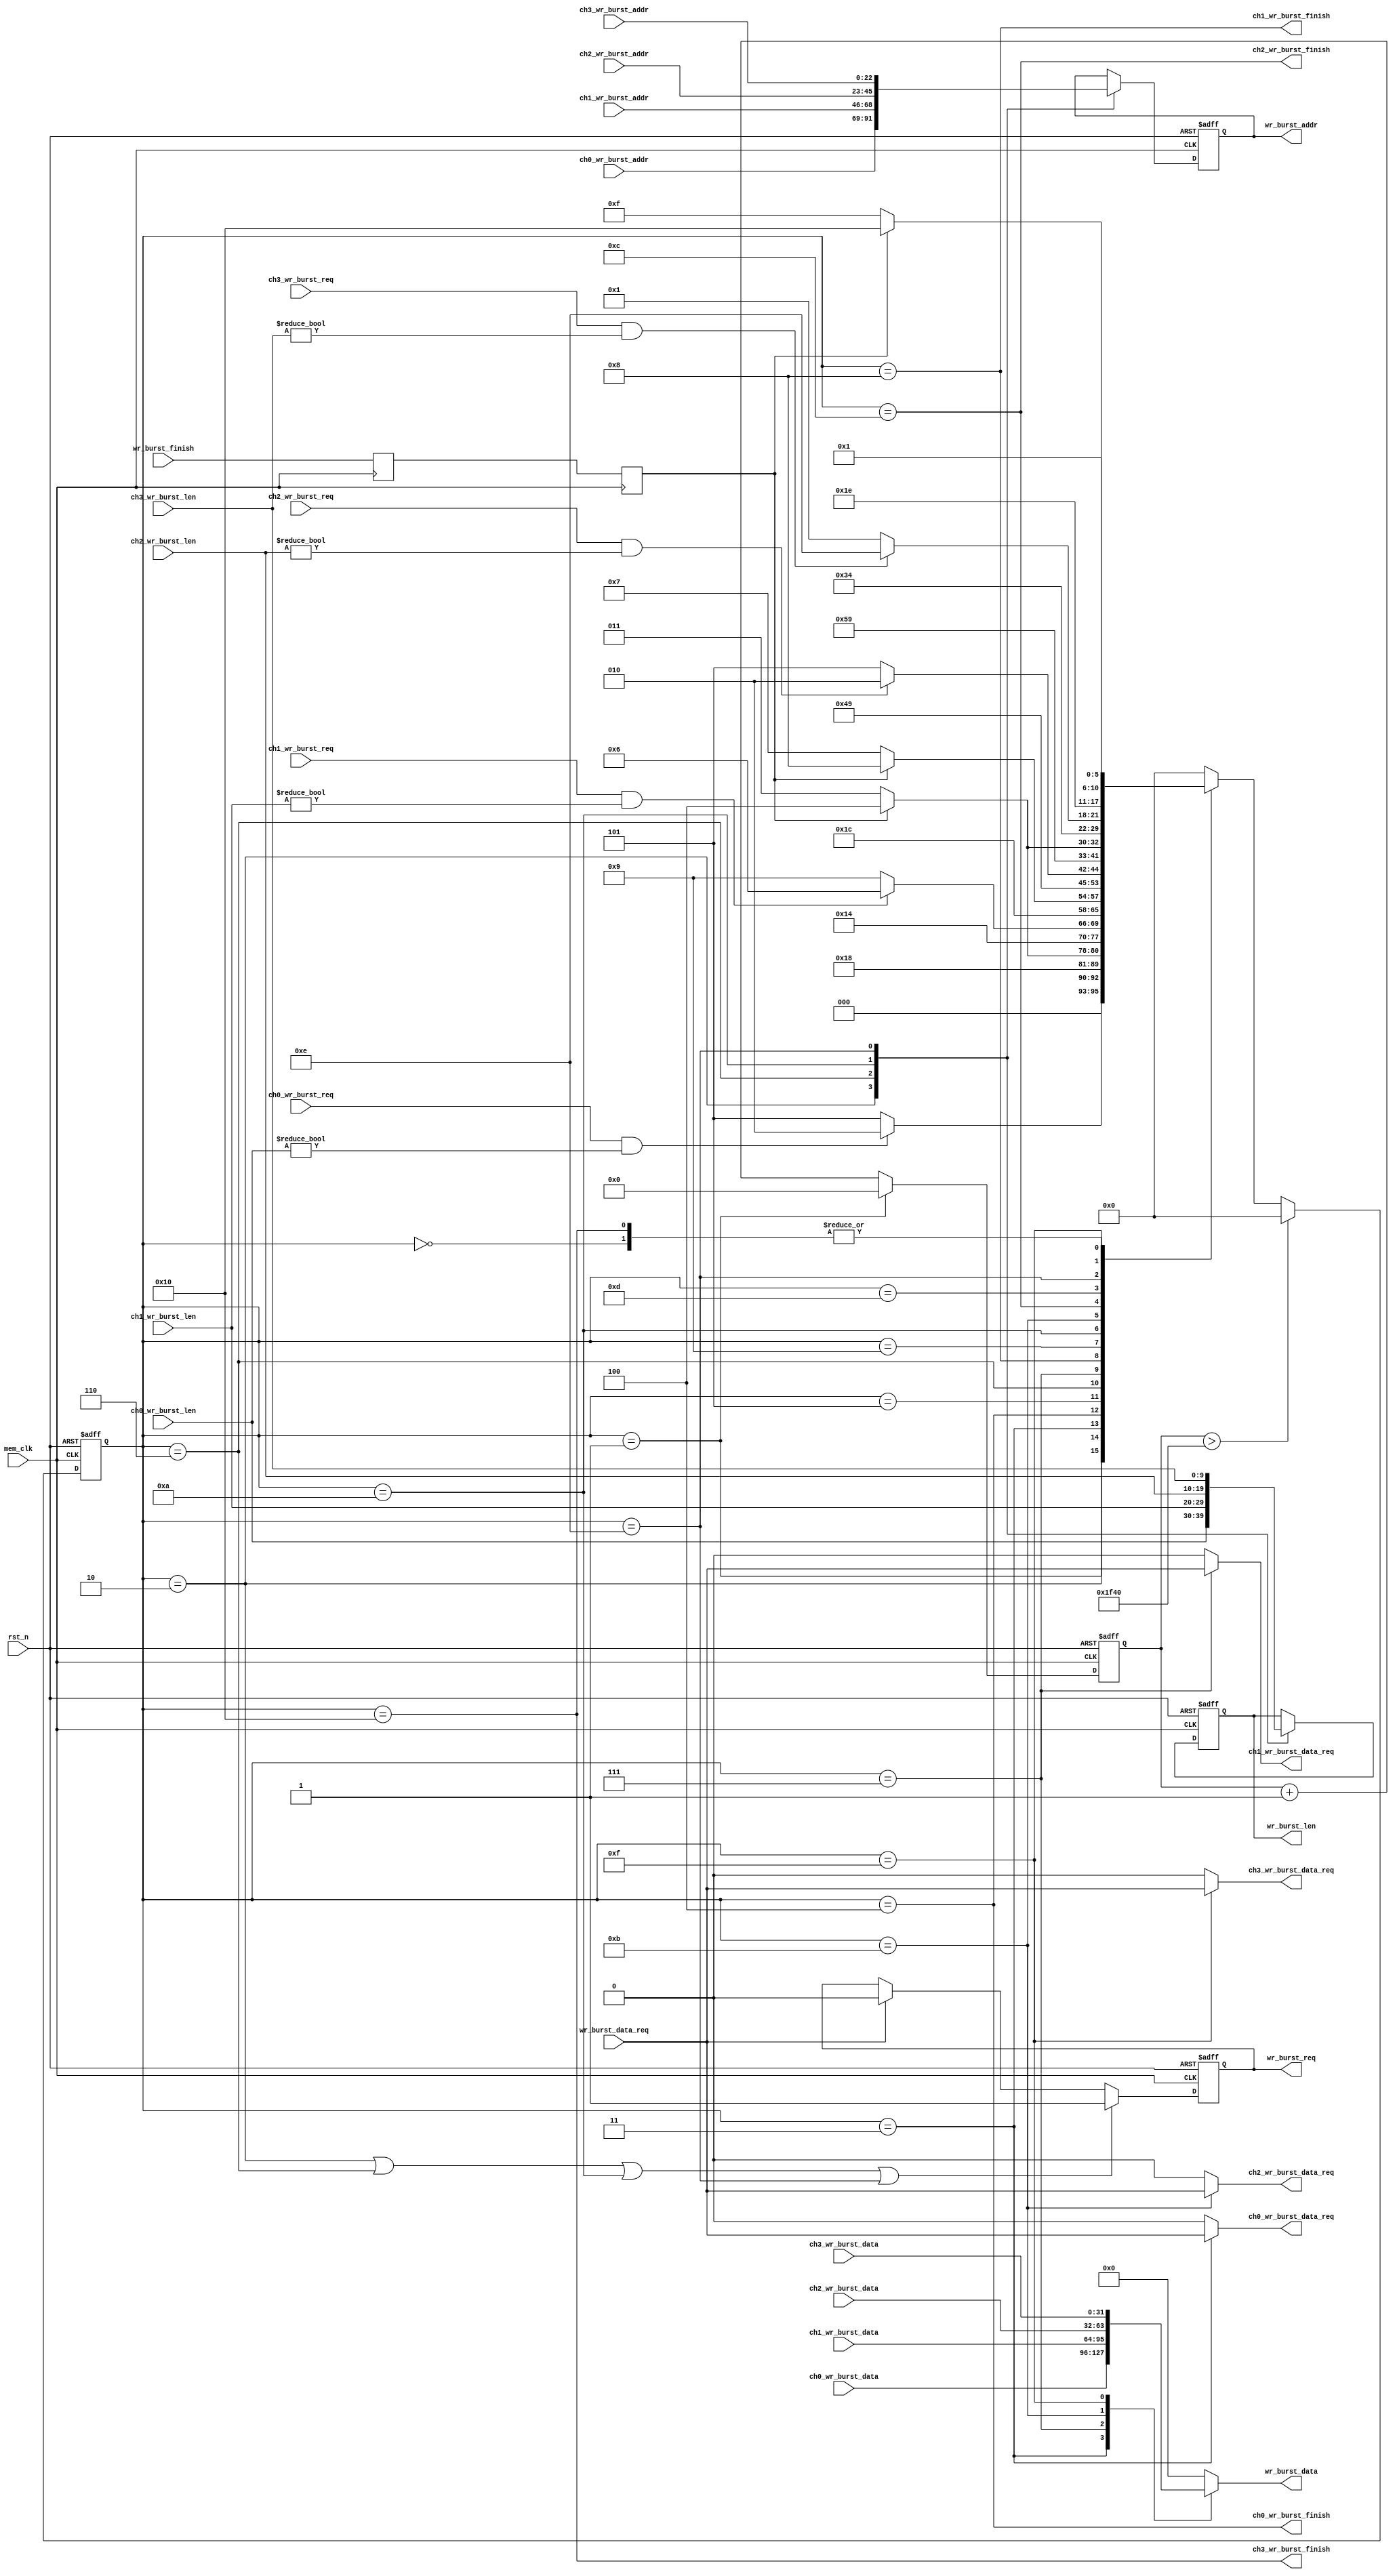
//////////////////////////////////////////////////////////////////////////////////
//                                                                              //
//                                                                              //
//          msq@qq.com                                                          //
//          ALINX(shanghai) Technology Co.,Ltd                                  //
//          heijin                                                              //
//     WEB: http://www.alinx.cn/                                                //
//     BBS: http://www.heijin.org/                                              //
//                                                                              //
//////////////////////////////////////////////////////////////////////////////////
//                                                                              //
// Copyright (c) 2017,ALINX(shanghai) Technology Co.,Ltd                        //
//                    All rights reserved                                       //
//                                                                              //
// This source file may be used and distributed without restriction provided    //
// that this copyright statement is not removed from the file and that any      //
// derivative work contains the original copyright notice and the associated    //
// disclaimer.                                                                  //
//                                                                              //
//////////////////////////////////////////////////////////////////////////////////

//================================================================================
//  Revision History:
//  Date          By            Revision    Change Description
//--------------------------------------------------------------------------------
//  2017/9/14     meisq          1.0         Original
//*******************************************************************************/
module mem_write_arbi
#(
	parameter MEM_DATA_BITS = 32,
	parameter ADDR_BITS              = 23,
    parameter BUSRT_BITS             = 10
)
(
	input rst_n,
	input mem_clk,
	
	input ch0_wr_burst_req,
	input[BUSRT_BITS - 1:0] ch0_wr_burst_len,
	input[ADDR_BITS - 1:0] ch0_wr_burst_addr,
	output ch0_wr_burst_data_req,
	input[MEM_DATA_BITS - 1:0] ch0_wr_burst_data,
	output ch0_wr_burst_finish,
	
	input ch1_wr_burst_req,
	input[BUSRT_BITS - 1:0] ch1_wr_burst_len,
	input[ADDR_BITS - 1:0] ch1_wr_burst_addr,
	output ch1_wr_burst_data_req,
	input[MEM_DATA_BITS - 1:0] ch1_wr_burst_data,
	output ch1_wr_burst_finish,
	
	input ch2_wr_burst_req,
	input[BUSRT_BITS - 1:0] ch2_wr_burst_len,
	input[ADDR_BITS - 1:0] ch2_wr_burst_addr,
	output ch2_wr_burst_data_req,
	input[MEM_DATA_BITS - 1:0] ch2_wr_burst_data,
	output ch2_wr_burst_finish,
	
	input ch3_wr_burst_req,
	input[BUSRT_BITS - 1:0] ch3_wr_burst_len,
	input[ADDR_BITS - 1:0] ch3_wr_burst_addr,
	output ch3_wr_burst_data_req,
	input[MEM_DATA_BITS - 1:0] ch3_wr_burst_data,
	output ch3_wr_burst_finish,
	
	output reg wr_burst_req,
	output reg[BUSRT_BITS - 1:0] wr_burst_len,
	output reg[ADDR_BITS - 1:0] wr_burst_addr,
	input wr_burst_data_req,
	output reg[MEM_DATA_BITS - 1:0] wr_burst_data,
	input wr_burst_finish	
);

reg[5:0] write_state = 6'd0;
reg[5:0] write_state_next = 6'd0;
reg[15:0] cnt_timer = 16'd0;
localparam IDLE = 6'd0;

localparam CH0_CHECK = 6'd1;
localparam CH0_BEGIN = 6'd2;
localparam CH0_WRITE = 6'd3;
localparam CH0_END = 6'd4;

localparam CH1_CHECK = 6'd5;
localparam CH1_BEGIN = 6'd6;
localparam CH1_WRITE = 6'd7;
localparam CH1_END = 6'd8;

localparam CH2_CHECK = 6'd9;
localparam CH2_BEGIN = 6'd10;
localparam CH2_WRITE = 6'd11;
localparam CH2_END = 6'd12;

localparam CH3_CHECK = 6'd13;
localparam CH3_BEGIN = 6'd14;
localparam CH3_WRITE = 6'd15;
localparam CH3_END = 6'd16;

reg wr_burst_finish_d0;
reg wr_burst_finish_d1;
always@(posedge mem_clk)
begin
	wr_burst_finish_d0 <= wr_burst_finish;
	wr_burst_finish_d1 <= wr_burst_finish_d0;
end

always@(posedge mem_clk or negedge rst_n)
begin
	if(~rst_n)
		write_state <= IDLE;
	else if(cnt_timer > 16'd8000)
		write_state <= IDLE;
	else
		write_state <= write_state_next;
end

always@(posedge mem_clk or negedge rst_n)
begin
	if(~rst_n)
		cnt_timer <= 16'd0;
	else if(write_state == CH0_CHECK)
		cnt_timer <= 16'd0;
	else
		cnt_timer <= cnt_timer + 16'd1;
end

always@(*)
begin
	case(write_state)
		IDLE:
			write_state_next <= CH0_CHECK;
		//
		CH0_CHECK:
			if(ch0_wr_burst_req  && ch0_wr_burst_len != {BUSRT_BITS{1'd0}})
				write_state_next <= CH0_BEGIN;
			else
				write_state_next <= CH1_CHECK;
		CH0_BEGIN:
			write_state_next <= CH0_WRITE;
		CH0_WRITE:
			if(wr_burst_finish_d1)
				write_state_next <= CH0_END;
			else
				write_state_next <= CH0_WRITE;
		CH0_END:
			write_state_next <= CH1_CHECK;
		//	
		CH1_CHECK:
			if(ch1_wr_burst_req && ch1_wr_burst_len != {BUSRT_BITS{1'd0}})
				write_state_next <= CH1_BEGIN;
			else
				write_state_next <= CH2_CHECK;
		CH1_BEGIN:
			write_state_next <= CH1_WRITE;
		CH1_WRITE:
			if(wr_burst_finish_d1)
				write_state_next <= CH1_END;
			else
				write_state_next <= CH1_WRITE;
		CH1_END:
			write_state_next <= CH2_CHECK;
		//	
		CH2_CHECK:
			if(ch2_wr_burst_req && ch2_wr_burst_len != {BUSRT_BITS{1'd0}})
				write_state_next <= CH2_BEGIN;
			else
				write_state_next <= CH3_CHECK;
		CH2_BEGIN:
			write_state_next <= CH2_WRITE;
		CH2_WRITE:
			if(wr_burst_finish_d1)
				write_state_next <= CH2_END;
			else
				write_state_next <= CH2_WRITE;
		CH2_END:
			write_state_next <= CH3_CHECK;
		//	
		CH3_CHECK:
			if(ch3_wr_burst_req && ch3_wr_burst_len != {BUSRT_BITS{1'd0}})
				write_state_next <= CH3_BEGIN;
			else
				write_state_next <= CH0_CHECK;
		CH3_BEGIN:
			write_state_next <= CH3_WRITE;
		CH3_WRITE:
			if(wr_burst_finish_d1)
				write_state_next <= CH3_END;
			else
				write_state_next <= CH3_WRITE;
		CH3_END:
			write_state_next <= CH0_CHECK;
		default:
			write_state_next <= IDLE;
	endcase
end

always@(posedge mem_clk or negedge rst_n)
begin
	if(~rst_n)
		begin
			wr_burst_len <= {BUSRT_BITS{1'd0}};
			wr_burst_addr <= {ADDR_BITS{1'd0}};
		end
	else
		begin
			case(write_state)
				CH0_BEGIN:
					begin
						wr_burst_len <= ch0_wr_burst_len;
						wr_burst_addr <= ch0_wr_burst_addr;
					end
				CH1_BEGIN:
					begin
						wr_burst_len <= ch1_wr_burst_len;
						wr_burst_addr <= ch1_wr_burst_addr;
					end
				CH2_BEGIN:
					begin
						wr_burst_len <= ch2_wr_burst_len;
						wr_burst_addr <= ch2_wr_burst_addr;
					end
				CH3_BEGIN:
					begin
						wr_burst_len <= ch3_wr_burst_len;
						wr_burst_addr <= ch3_wr_burst_addr;
					end				
				default:
					begin
						wr_burst_len <= wr_burst_len;
						wr_burst_addr <= wr_burst_addr;
					end
			endcase
		end
end

always@(posedge mem_clk or negedge rst_n)
begin
	if(~rst_n)
		wr_burst_req <= 1'b0;
	else if(write_state == CH0_BEGIN || write_state == CH1_BEGIN || write_state == CH2_BEGIN || write_state == CH3_BEGIN)
		wr_burst_req <= 1'b1;
	else if(wr_burst_data_req)
		wr_burst_req <= 1'b0;
	else
		wr_burst_req <= wr_burst_req;
end
always@(*)
begin
	case(write_state)
		CH0_WRITE:
			wr_burst_data <= ch0_wr_burst_data;
		CH1_WRITE:
			wr_burst_data <= ch1_wr_burst_data;
		CH2_WRITE:
			wr_burst_data <= ch2_wr_burst_data;
		CH3_WRITE:
			wr_burst_data <= ch3_wr_burst_data;	
		default:
			wr_burst_data <= {MEM_DATA_BITS{1'd0}};
	endcase
end

assign ch0_wr_burst_finish = (write_state == CH0_END);
assign ch1_wr_burst_finish = (write_state == CH1_END);
assign ch2_wr_burst_finish = (write_state == CH2_END);
assign ch3_wr_burst_finish = (write_state == CH3_END);


assign ch0_wr_burst_data_req = (write_state == CH0_WRITE) ? wr_burst_data_req : 1'b0;
assign ch1_wr_burst_data_req = (write_state == CH1_WRITE) ? wr_burst_data_req : 1'b0;
assign ch2_wr_burst_data_req = (write_state == CH2_WRITE) ? wr_burst_data_req : 1'b0;
assign ch3_wr_burst_data_req = (write_state == CH3_WRITE) ? wr_burst_data_req : 1'b0;


endmodule